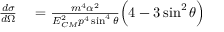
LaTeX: \begin{array} { r l } { { \frac { d \sigma } { d \Omega } } } & { { } = { \frac { m ^ { 4 } \alpha ^ { 2 } } { E _ { C M } ^ { 2 } p ^ { 4 } \sin ^ { 4 } \theta } } { \Big ( } 4 - 3 \sin ^ { 2 } \theta { \Big ) } } \end{array}